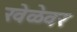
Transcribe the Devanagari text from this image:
खेळेवर